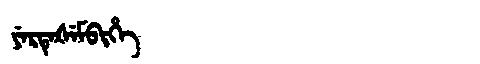
Manchu: ᠶᡝᡵᡨᡝᡧᡝᠮᠪᡳᡥᡝ
Romanization: YERTEŠEMBIHE